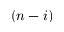
( n - i )